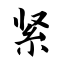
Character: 紧